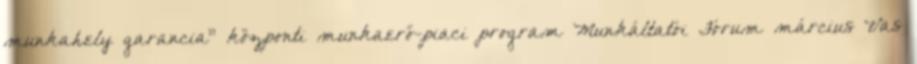
munkahely garancia” központi munkaerő-piaci program Munkáltatói Fórum március Vas